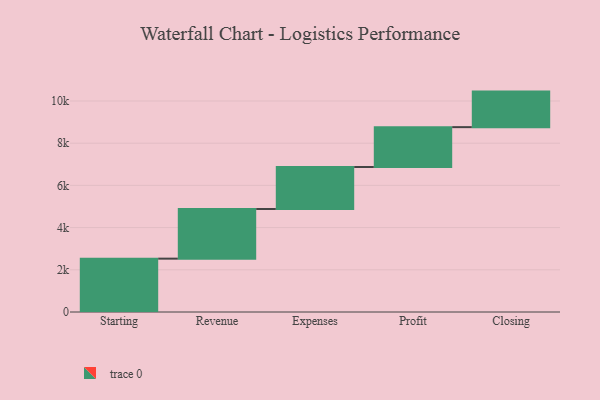
{"axis": {"x": "Step", "y": "Value"}, "legend": [""], "data": [{"x": "Starting", "y": 2528.0, "type": ""}, {"x": "Revenue", "y": 2354.0, "type": ""}, {"x": "Expenses", "y": 1989.0, "type": ""}, {"x": "Profit", "y": 1889.0, "type": ""}, {"x": "Closing", "y": 1684.0, "type": ""}]}